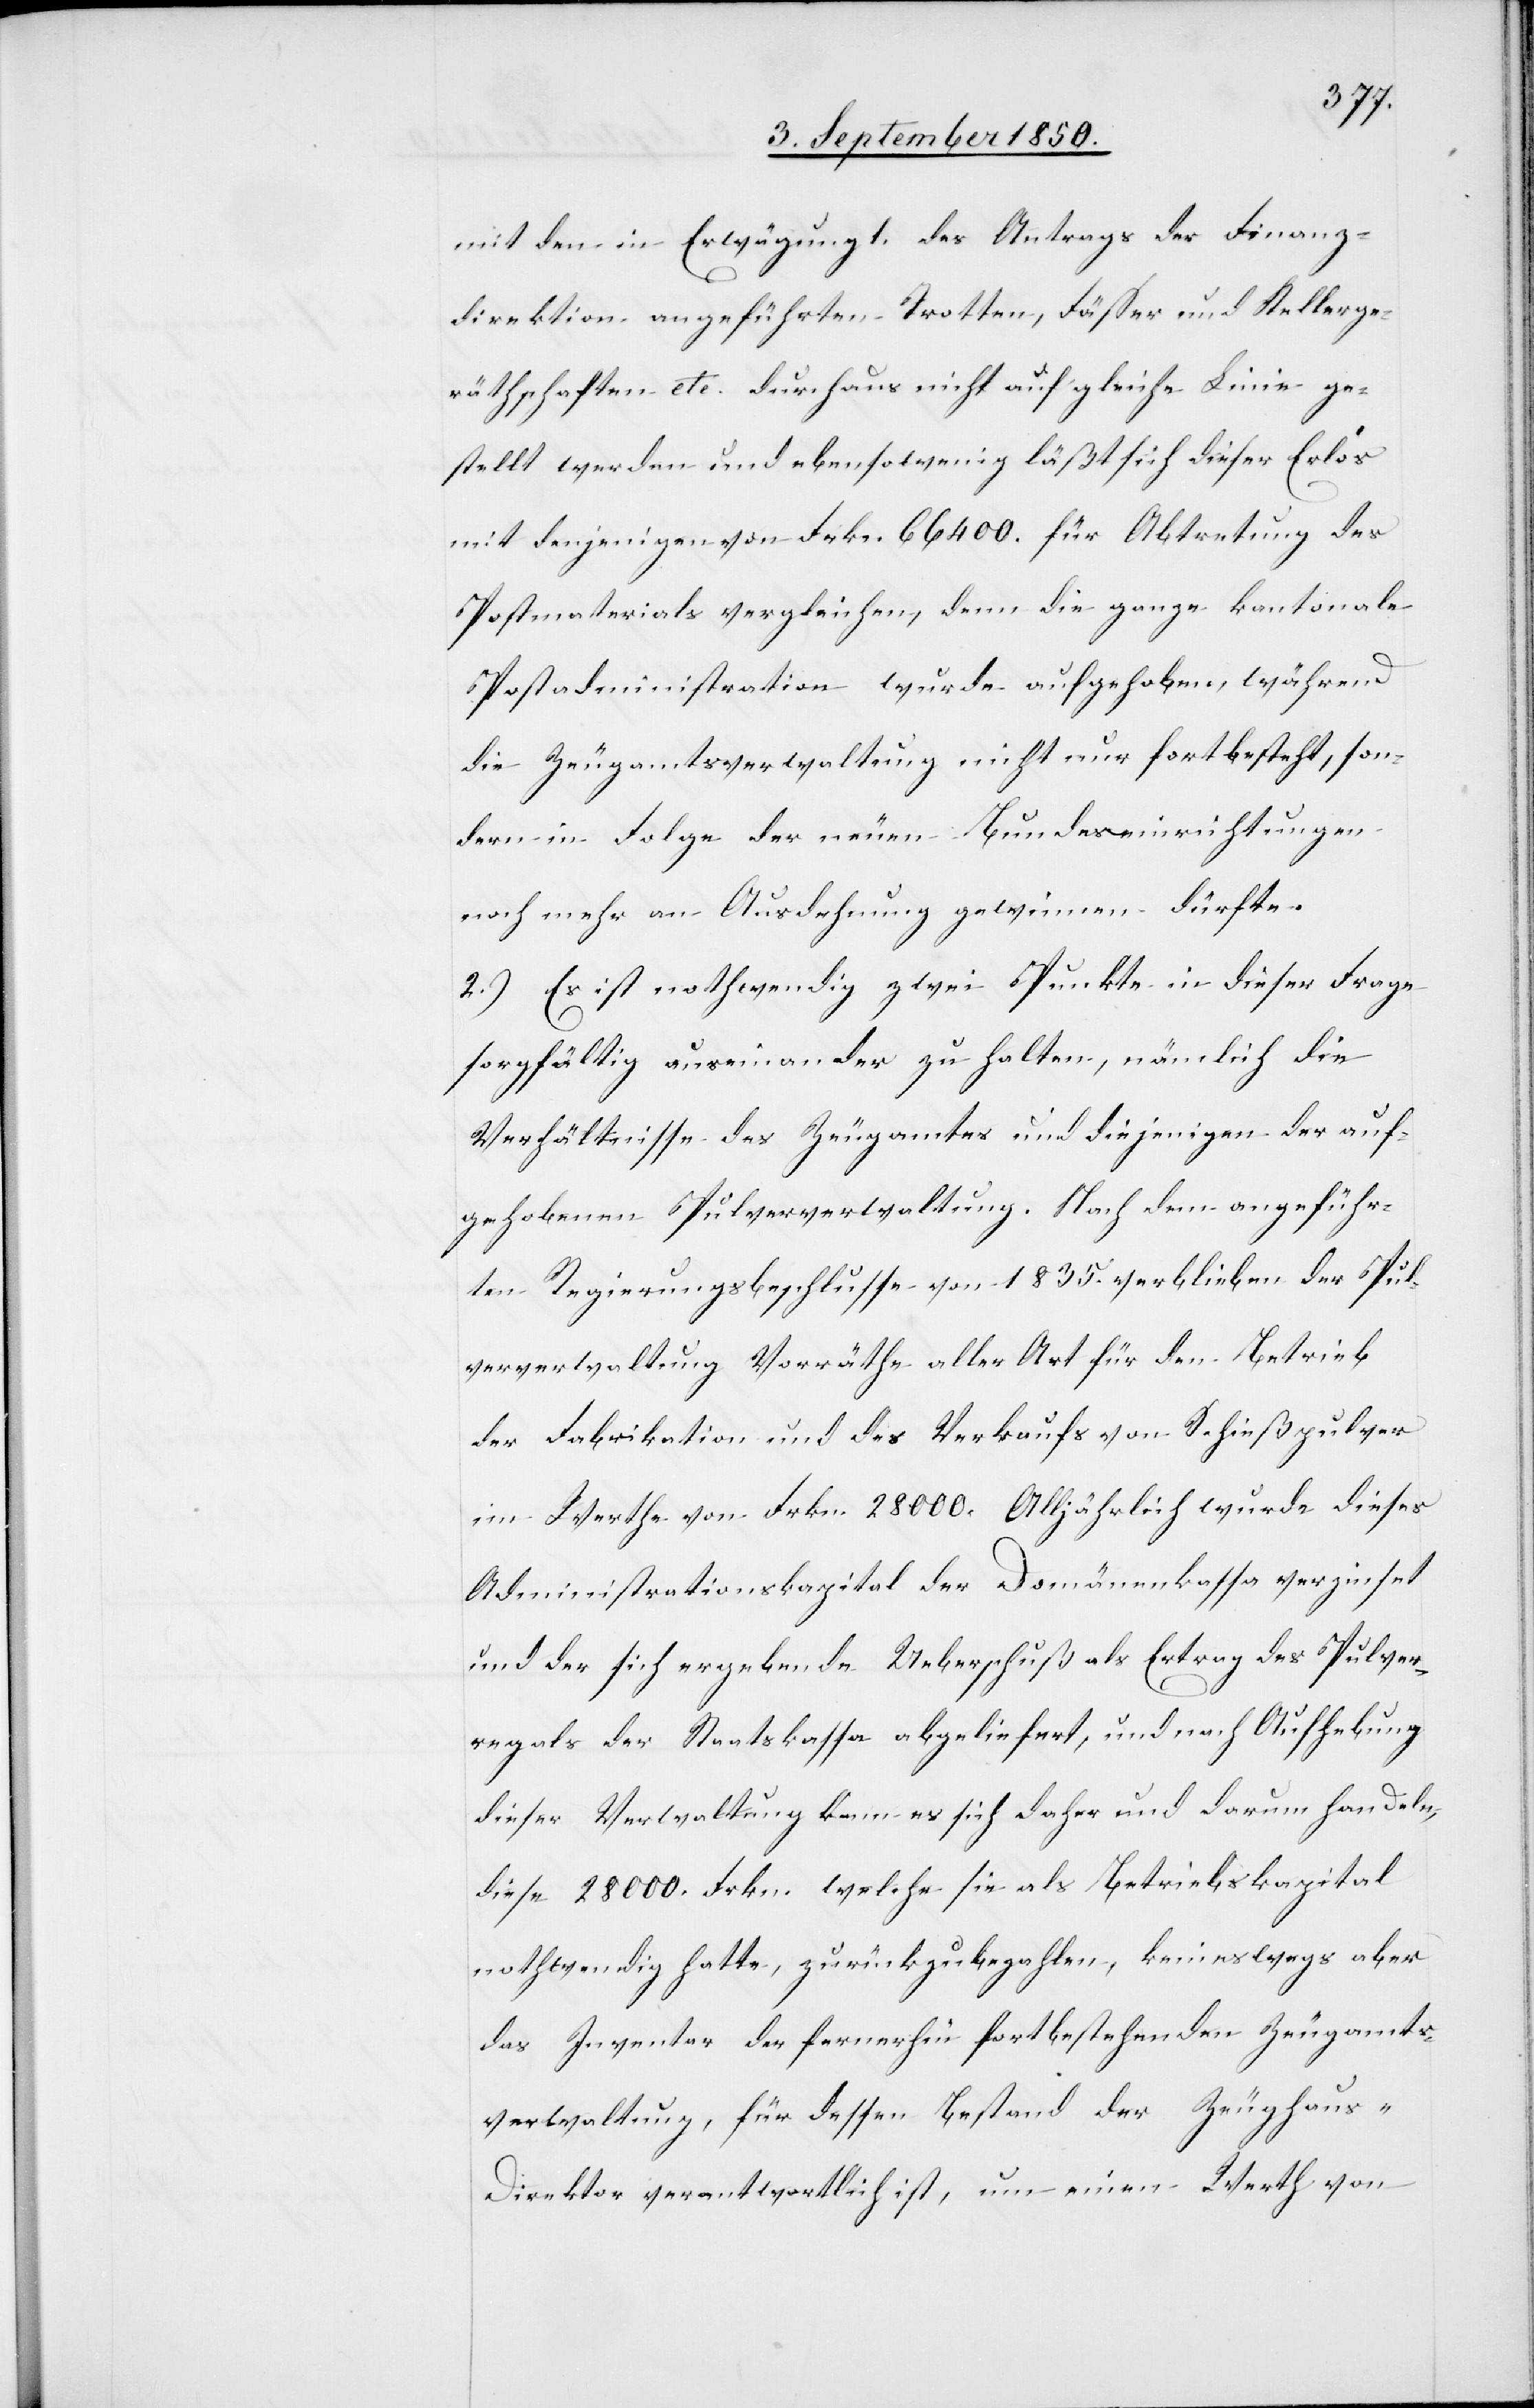
mit den in Erwägung 1. des Antrags der Finanz¬
direktion angeführten Trotten, Fässer und Kellerge¬
räthschaften etc. durchaus nicht auf gleiche Linie ge¬
stellt werden und ebensowenig läßt sich dieser Erlös
mit denjenigen von Frkn. 66 400. für Abtretung des
Postmaterials vergleichen, denn die ganze kantonale
Postadministration wurde aufgehoben, während
die Zeugamtsverwaltung nicht nur fortbesteht, son¬
dern in Folge der neuen Bundeseinrichtungen
noch mehr an Ausdehnung gewinnen dürfte.
2.) Es ist nothwendig zwei Punkte in dieser Frage
sorgfältig auseinander zu halten, nämlich die
Verhältnisse des Zeugamtes und diejenigen der auf¬
gehobenen Pulververwaltung. Nach dem angeführ¬
ten Regierungsbeschlusse von 1835. verblieben der Pul¬
ververwaltung Vorräthe aller Art für den Betrieb
der Fabrikation und des Verkaufs von Schießpulver
im Werthe von Frkn. 28 000. Alljährlich wurde dieses
Administrationskapital der Domänenkassa verzinset
und der sich ergebende Ueberschuß als Ertrag des Pulver¬
regals der Staatskassa abegeliefert, und nach Aufhebung
dieser Verwaltung kann es sich daher und darum handeln,
diese 28 000. Frkn. welche sie als Betriebskapital
nothwendig hatte, zurückzubezahlen, keineswegs aber
das Inventar der fernerhin fortbestehenden Zeugamts¬
verwaltung, für dessen Bestand der Zeughaus-D¬
irektor verantwortlich ist, um einen Werth von